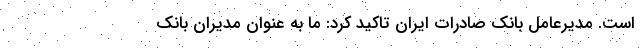
است. مدیرعامل بانک صادرات ایران تاکید کرد: ما به عنوان مدیران بانک